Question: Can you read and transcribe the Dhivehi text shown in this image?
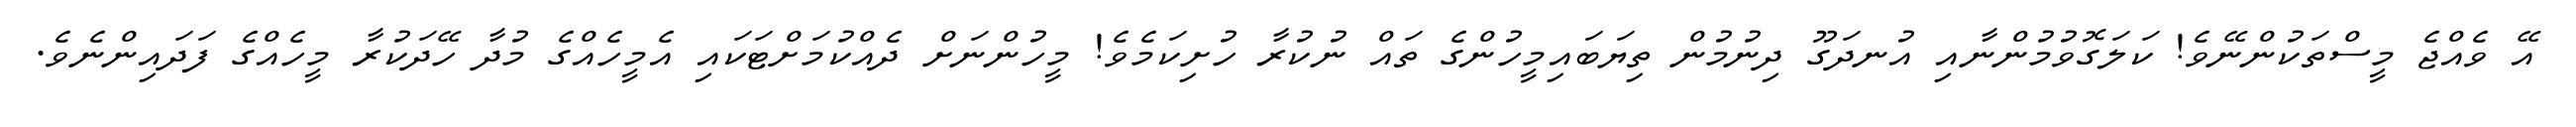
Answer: އޭ ވެއްޖެ މީސްތަކުންނޭވެ! ކަލަގޮވުމުންނާއި އުނދަގޫ ދިނުމުން ތިޔަބައިމީހުންގެ ތައް ނުކުރާ ހުށިކަމެވެ! މީހުންނަށް ދެއްކުމަށްޓަކައި އެމީހެއްގެ މުދާ ހޭދަކުރާ މީހެއްގެ ފަދައިންނެވެ.